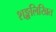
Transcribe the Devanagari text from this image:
शङ्खलिखित